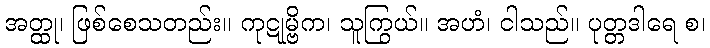
အတ္ထု၊ ဖြစ်စေသတည်း။ ကုဋုမ္ဗိက၊ သူကြွယ်။ အဟံ၊ ငါသည်။ ပုတ္တဒါရေ စ၊